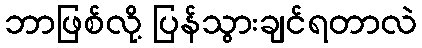
ဘာဖြစ်လို့ ပြန်သွားချင်ရတာလဲ